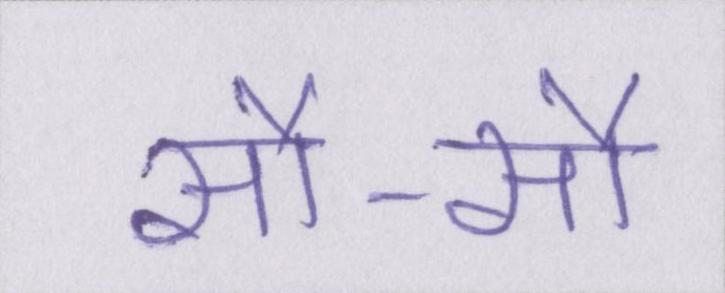
सौ-सौ